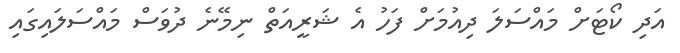
އަދި ކޯޓަށް މައްސަލަ ދިއުމަށް ފަހު އެ ޝަރީއަތް ނިމޭނެ ދުވަސް މައްސަލައިގައި